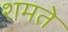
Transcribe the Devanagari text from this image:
शमते